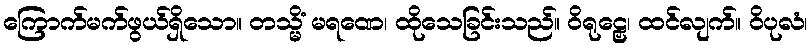
ကြောက်မက်ဖွယ်ရှိသော။ တသ္မိံ မရဏေ၊ ထိုသေခြင်းသည်။ ဝိရုဠှေ၊ ထင်လျက်။ ဝိပုလံ၊